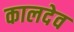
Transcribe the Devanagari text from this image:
कालदेव